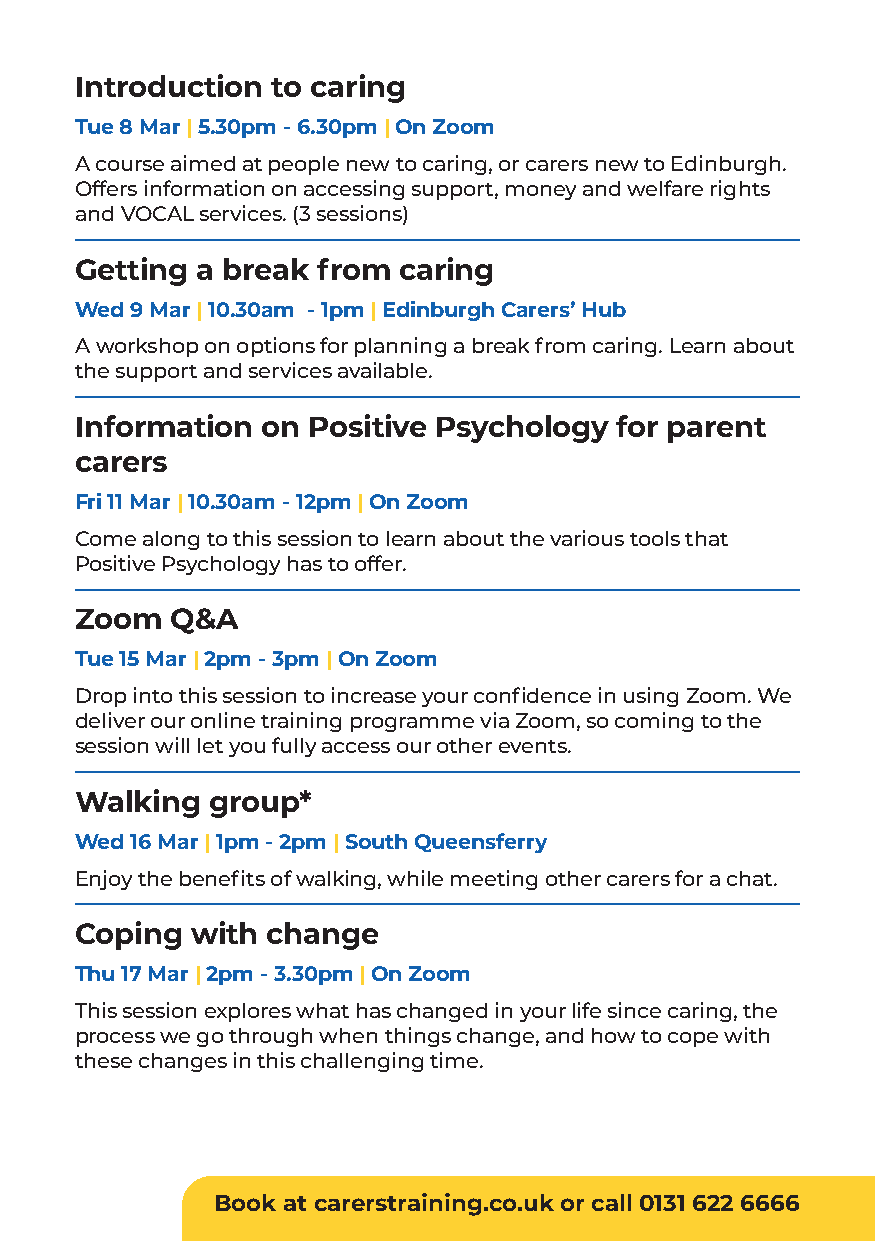
Introduction to caring
 Tue 8 Mar | 5.30pm - 6.30pm | On Zoom
 A course aimed at people new to caring, or carers new to Edinburgh.
 Offers information on accessing support, money and welfare rights
 and VOCAL services. (3 sessions)
 Getting a break from caring
 Wed 9 Mar | 10.30am - 1pm | Edinburgh Carers’ Hub
 A workshop on options for planning a break from caring. Learn about
 the support and services available.
 Information on Positive Psychology  for parent
 carers
 Fri 11 Mar | 10.30am - 12pm | On Zoom
 Come along to this session to learn about the various tools that
 Positive Psychology has to offer.
 Zoom  Q&A
 Tue 15 Mar | 2pm - 3pm | On Zoom
 Drop into this session to increase your confidence in using Zoom. We
 deliver our online training programme via Zoom, so coming to the
 session will let you fully access our other events.
 Walking  group*
 Wed 16 Mar | 1pm - 2pm | South Queensferry
 Enjoy the benefits of walking, while meeting other carers for a chat.
 Coping  with change
 Thu 17 Mar | 2pm - 3.30pm | On Zoom
 This session explores what has changed in your life since caring, the
 process we go through when things change, and how to cope with
 these changes in this challenging time.
 Book at carerstraining.co.uk or call 0131 622 6666